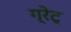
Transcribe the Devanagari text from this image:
ग्रेट्